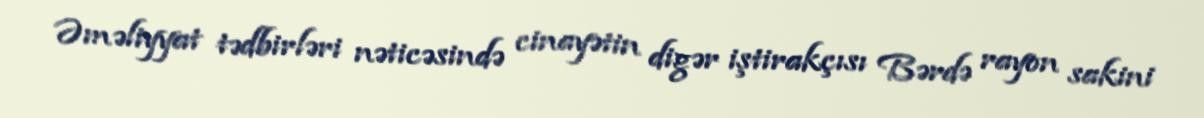
Əməliyyat tədbirləri nəticəsində cinayətin digər iştirakçısı Bərdə rayon sakini